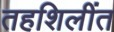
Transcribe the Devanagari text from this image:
तहशिलींत